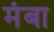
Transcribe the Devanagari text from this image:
मंबा